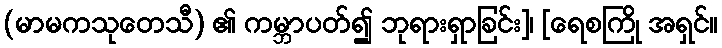
(မာမကသုတေသီ) ၏ ကမ္ဘာပတ်၍ ဘုရားရှာခြင်း]၊ [ရေစကြို အရှင်။